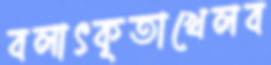
বলাৎকৃতাখেলব